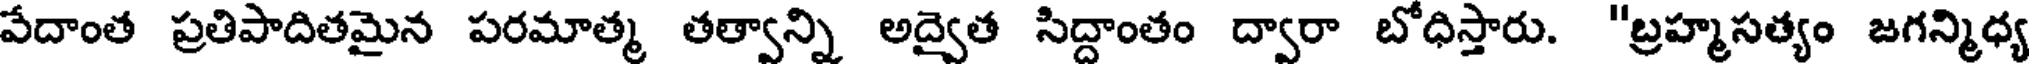
వేదాంత ప్రతిపాదితమైన పరమాత్మ తత్వాన్ని అద్వైత సిద్దాంతం ద్వారా బోధిస్తారు. "బ్రహ్మసత్యం జగన్మిధ్య